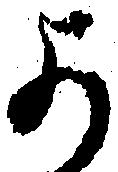
よ